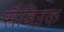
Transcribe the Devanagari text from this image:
सैविउक